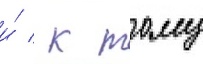
и́ / к тому